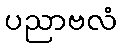
ပညာဗလံ